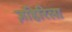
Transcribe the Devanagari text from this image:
ज़हिरिला